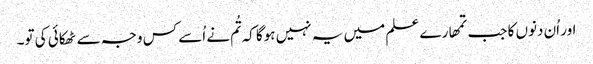
اور اُن دنوں کا جب تمھارے علم میں یہ نہیں ہوگا کہ تُم نے اُسے کس وجہ سے ٹھکائی کی تو۔